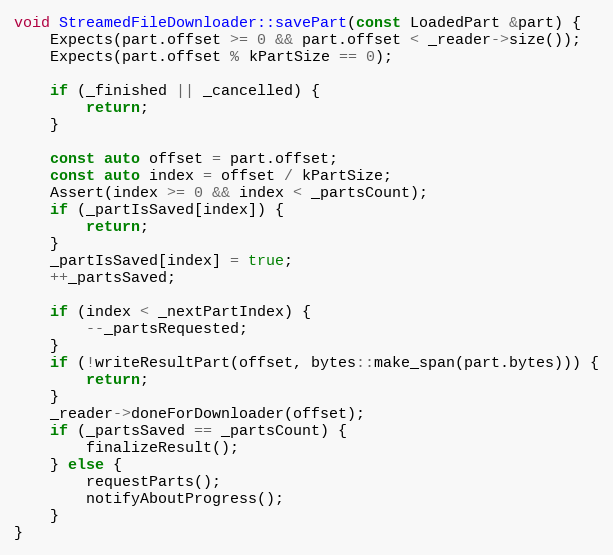
Language: C++
void StreamedFileDownloader::savePart(const LoadedPart &part) {
	Expects(part.offset >= 0 && part.offset < _reader->size());
	Expects(part.offset % kPartSize == 0);

	if (_finished || _cancelled) {
		return;
	}

	const auto offset = part.offset;
	const auto index = offset / kPartSize;
	Assert(index >= 0 && index < _partsCount);
	if (_partIsSaved[index]) {
		return;
	}
	_partIsSaved[index] = true;
	++_partsSaved;

	if (index < _nextPartIndex) {
		--_partsRequested;
	}
	if (!writeResultPart(offset, bytes::make_span(part.bytes))) {
		return;
	}
	_reader->doneForDownloader(offset);
	if (_partsSaved == _partsCount) {
		finalizeResult();
	} else {
		requestParts();
		notifyAboutProgress();
	}
}